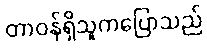
တာဝန်ရှိသူကပြောသည်